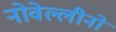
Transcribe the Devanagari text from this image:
नोवेल्लीनो